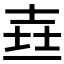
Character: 𰋉